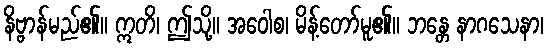
နိဗ္ဗာန်မည်၏။ ဣတိ၊ ဤသို့။ အဝေါစ၊ မိန့်တော်မူ၏။ ဘန္တေ နာဂသေနာ၊